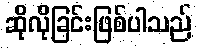
ဆိုလိုခြင်းဖြစ်ပါသည်